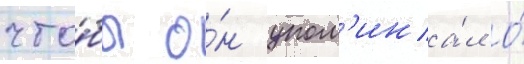
что́бы о́н упом'ина́л о́